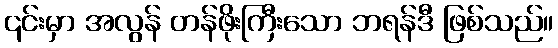
၎င်းမှာ အလွန် တန်ဖိုးကြီးသော ဘရန်ဒီ ဖြစ်သည်။